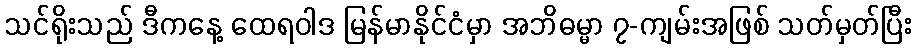
သင်ရိုးသည် ဒီကနေ့ ထေရဝါဒ မြန်မာနိုင်ငံမှာ အဘိဓမ္မာ ၇-ကျမ်းအဖြစ် သတ်မှတ်ပြီး